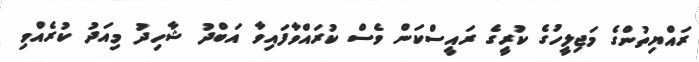
ރައްޔިތުންގެ މަޖިލީހުގެ ކުރީގެ ރައީސްކަން ވެސް ކުރައްވާފައިވާ އަބްދު ޝާހިދު މިއަދު ކުރެއްވި